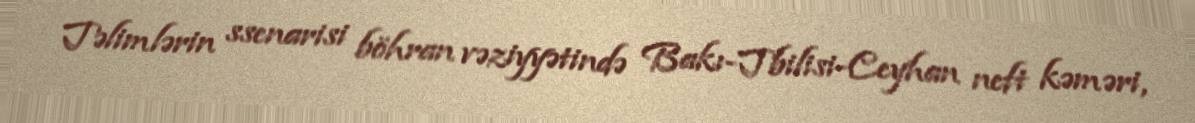
Təlimlərin ssenarisi böhran vəziyyətində Bakı-Tbilisi-Ceyhan neft kəməri,